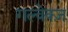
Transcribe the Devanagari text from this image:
गल्वेक्ज़